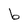
Character: b